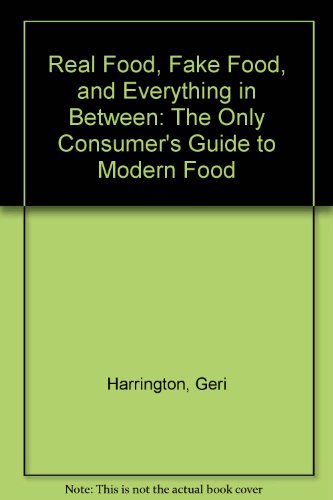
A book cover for Real Food, Fake Food, and Everything in Between: The Only Consumer's Guide to Modern Food; Geri Harrington; Health, Fitness & Dieting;